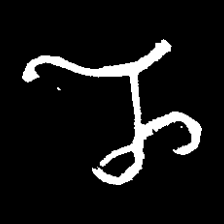
Pyu character \u2014 Myanmar letter: ည (romanized: nya)